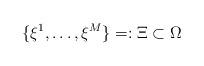
LaTeX: \begin{align*} \{\xi^1, \ldots, \xi^M\} =: \Xi \subset \Omega\end{align*}